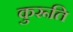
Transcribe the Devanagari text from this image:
कुरूति